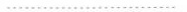
……